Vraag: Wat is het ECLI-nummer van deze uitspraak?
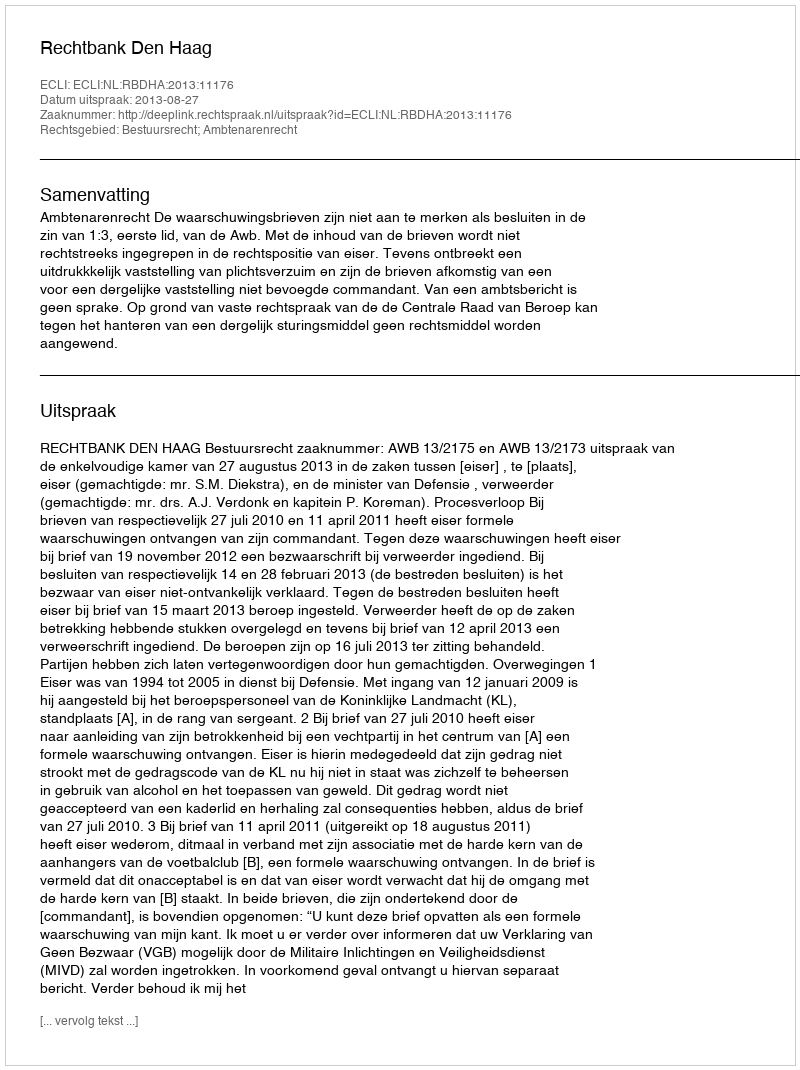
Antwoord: ECLI:NL:RBDHA:2013:11176